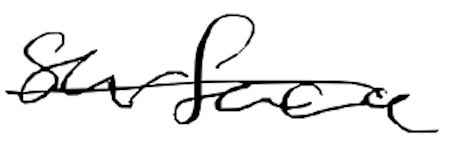
Text: surface
Cross-out: single-line
Writing tool: digital_black